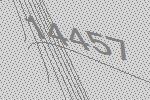
14457